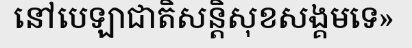
នៅបេឡាជាតិសន្តិសុខសង្គមទេ»